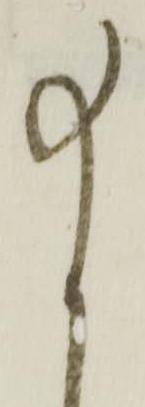
尚